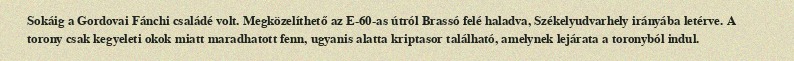
Sokáig a Gordovai Fánchi családé volt. Megközelíthető az E-60-as útról Brassó felé haladva, Székelyudvarhely irányába letérve. A torony csak kegyeleti okok miatt maradhatott fenn, ugyanis alatta kriptasor található, amelynek lejárata a toronyból indul.